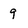
Character: 9